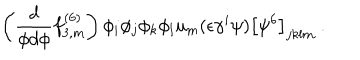
\left( \frac { d } { \phi d \phi } f _ { 3 , m } ^ { ( 6 ) } \right) \phi _ { i } \phi _ { j } \phi _ { k } \phi _ { l } u _ { m } ( \epsilon \gamma ^ { i } \psi ) \left[ \psi ^ { 6 } \right] _ { j k l m } \ .